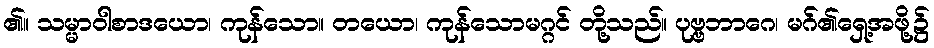
၏။ သမ္မာဝါစာဒယော၊ ကုန်သော။ တယော၊ ကုန်သောမဂ္ဂင် တို့သည်။ ပုဗ္ဗဘာဂေ၊ မဂ်၏ရှေ့အဖို့၌